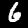
Label: 6